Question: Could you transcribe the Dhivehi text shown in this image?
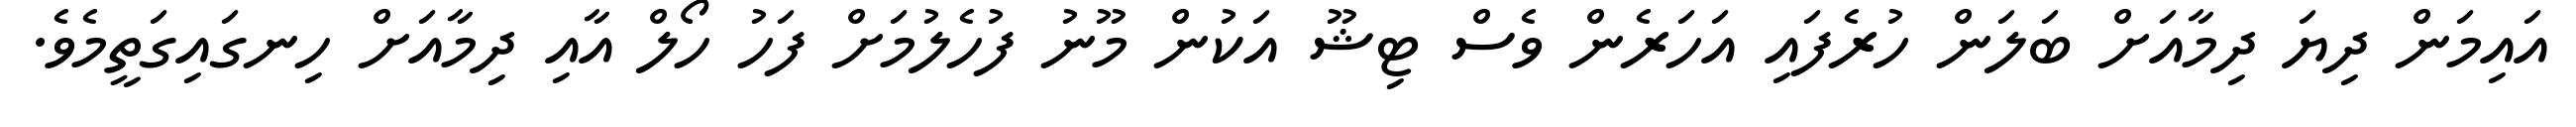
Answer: އައިމަން ދިޔަ ދިމާއަށް ބަލަން ހުރެފައި އަހަރެން ވެސް ޓިޝޫ އަކުން މޫނު ފުހެލުމަށް ފަހު ހޯލް އާއި ދިމާއަށް ހިނގައިގަތީމެވެ.